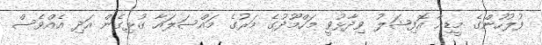
ފުލުހުންގެ މީޑިއާ އޮފިޝަލު ވިދާޅުވީ މަހްމޫދުގެ މަރުގެ މައްސަލައާ ގުޅިގެން އަދި އެއްވެސް